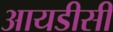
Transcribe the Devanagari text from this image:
आयडीसी